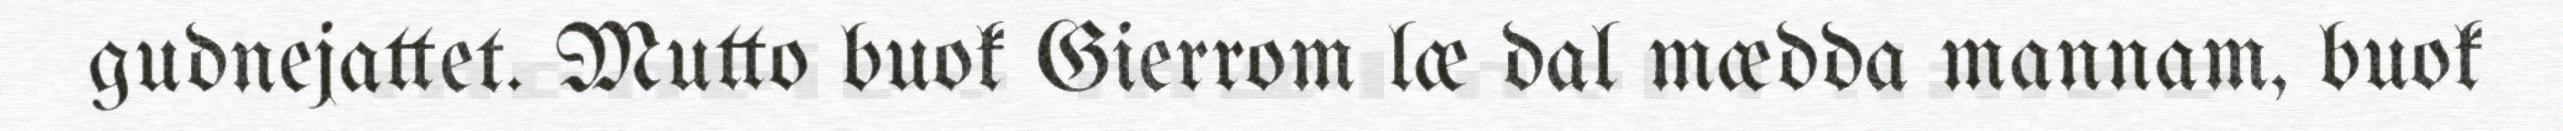
gudnejattet. Mutto buok Gierrom læ dal mædda mannam, buok